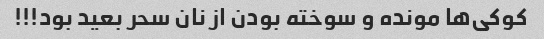
کوکی‌ها مونده و سوخته بودن از نان سحر بعید بود!!!